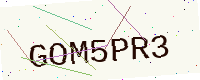
Text: GOM5PR3